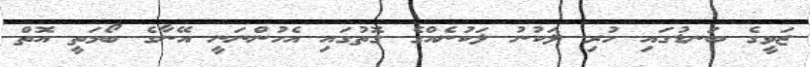
ޒަވީގެ ބަނޑުގައި ހުރި ލަކުނު ލަކުނެއްގެ ގޮތުގައި އެހުންނަނީ އޭނާގެ ބޯމަތީ އޮތް